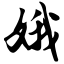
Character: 娥